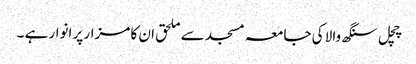
چچل سنگھ والا کی جامعہ مسجد سے ملحق ان کا مزار پر انوار ہے ۔